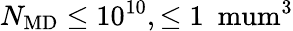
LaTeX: N_{\mathrm{MD}}\leq 10^{10},\leq 1~\mathrm{\ mum}^{3}